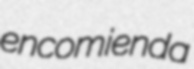
encomienda